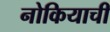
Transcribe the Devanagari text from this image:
नोकियाची